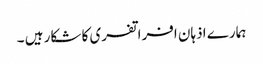
ہمارے اذہان افراتفری کا شکار ہیں ۔